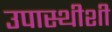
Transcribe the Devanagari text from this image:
उपास्थीशी